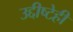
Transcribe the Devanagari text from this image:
उद्दीष्टेही